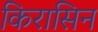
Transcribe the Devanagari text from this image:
किरासिन